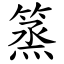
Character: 篜